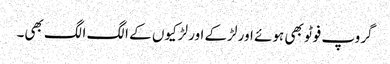
گروپ فوٹو بھی ہوئے اور لڑکے اور لڑکیوں کے الگ الگ بھی۔